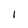
Character: 1